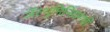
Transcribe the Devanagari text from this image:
ॲल्युमिनियमची